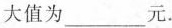
大值为___元.